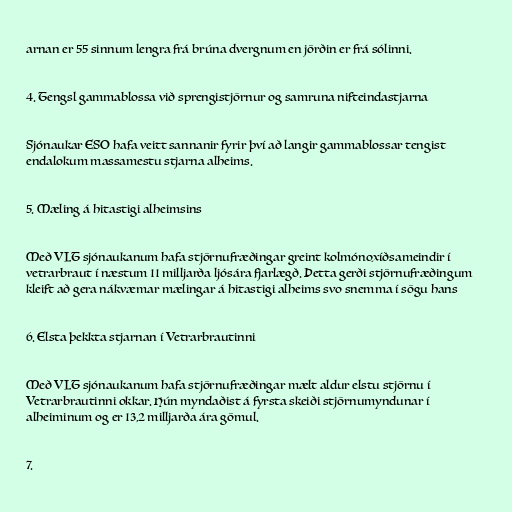
arnan er 55 sinnum lengra frá brúna dvergnum en jörðin er frá sólinni.

4. Tengsl gammablossa við sprengistjörnur og samruna nifteindastjarna

Sjónaukar ESO hafa veitt sannanir fyrir því að langir gammablossar tengist
endalokum massamestu stjarna alheims.

5. Mæling á hitastigi alheimsins

Með VLT sjónaukanum hafa stjörnufræðingar greint kolmónoxíðsameindir í
vetrarbraut í næstum 11 milljarða ljósára fjarlægð. Þetta gerði stjörnufræðingum
kleift að gera nákvæmar mælingar á hitastigi alheims svo snemma í sögu hans

6. Elsta þekkta stjarnan í Vetrarbrautinni

Með VLT sjónaukanum hafa stjörnufræðingar mælt aldur elstu stjörnu í
Vetrarbrautinni okkar. Hún myndaðist á fyrsta skeiði stjörnumyndunar í
alheiminum og er 13,2 milljarða ára gömul.

7.